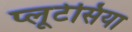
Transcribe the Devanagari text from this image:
प्लूटेसिया